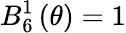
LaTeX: B_{6}^{1}\left(\theta\right)=1